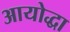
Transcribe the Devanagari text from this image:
आयोद्धा